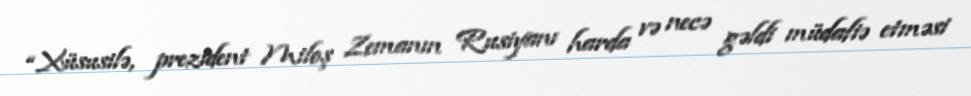
“Xüsusilə, prezident Miloş Zemanın Rusiyanı harda və necə gəldi müdafiə etməsi